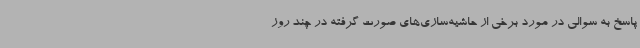
پاسخ به سوالی در مورد برخی از حاشیه‌سازی‌های صورت گرفته در چند روز